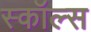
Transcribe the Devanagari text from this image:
स्कॉल्स